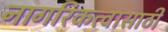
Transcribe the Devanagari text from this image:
नागरिकत्वासाठी